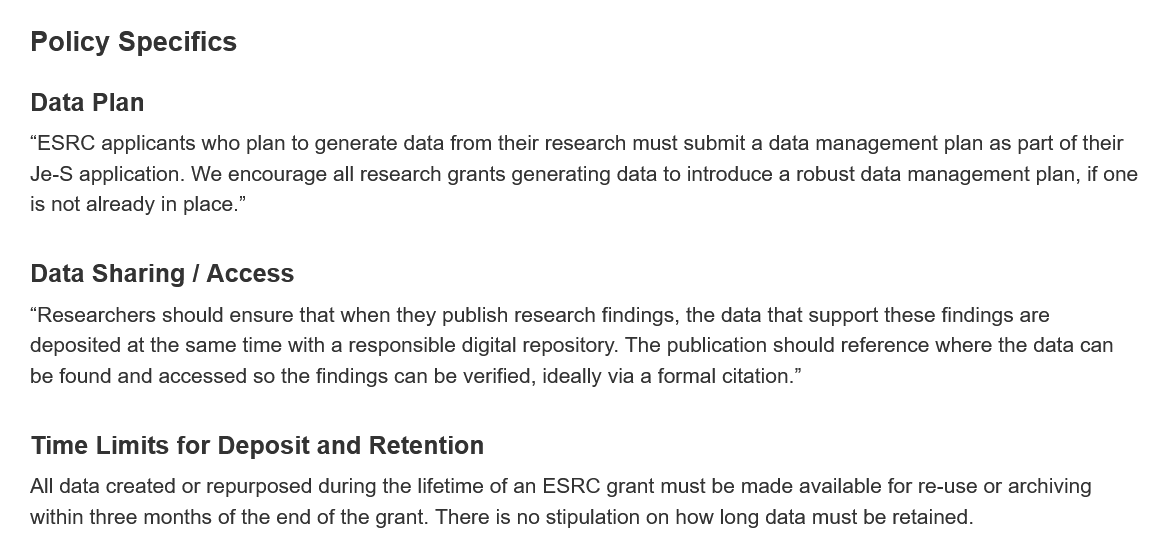
Policy   Specifics
   Data  Sharing  / Access
   Time  Limits  for Deposit  and  Retention
   “ESRC applicants who plan to generate data from their research must submit a data management plan as part of their
   Je-S application. We encourage all research grants generating data to introduce a robust data management plan, if one
   is not already in place.”
   “Researchers should ensure that when they publish research findings, the data that support these findings are
   deposited at the same time with a responsible digital repository. The publication should reference where the data can
   be found and accessed so the findings can be verified, ideally via a formal citation.”
   All data created or repurposed during the lifetime of an ESRC grant must be made available for re-use or archiving
   within three months of the end of the grant. There is no stipulation on how long data must be retained.